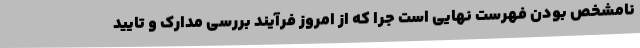
نامشخص بودن فهرست نهایی است جرا که از امروز فرآیند بررسی مدارک و تایید